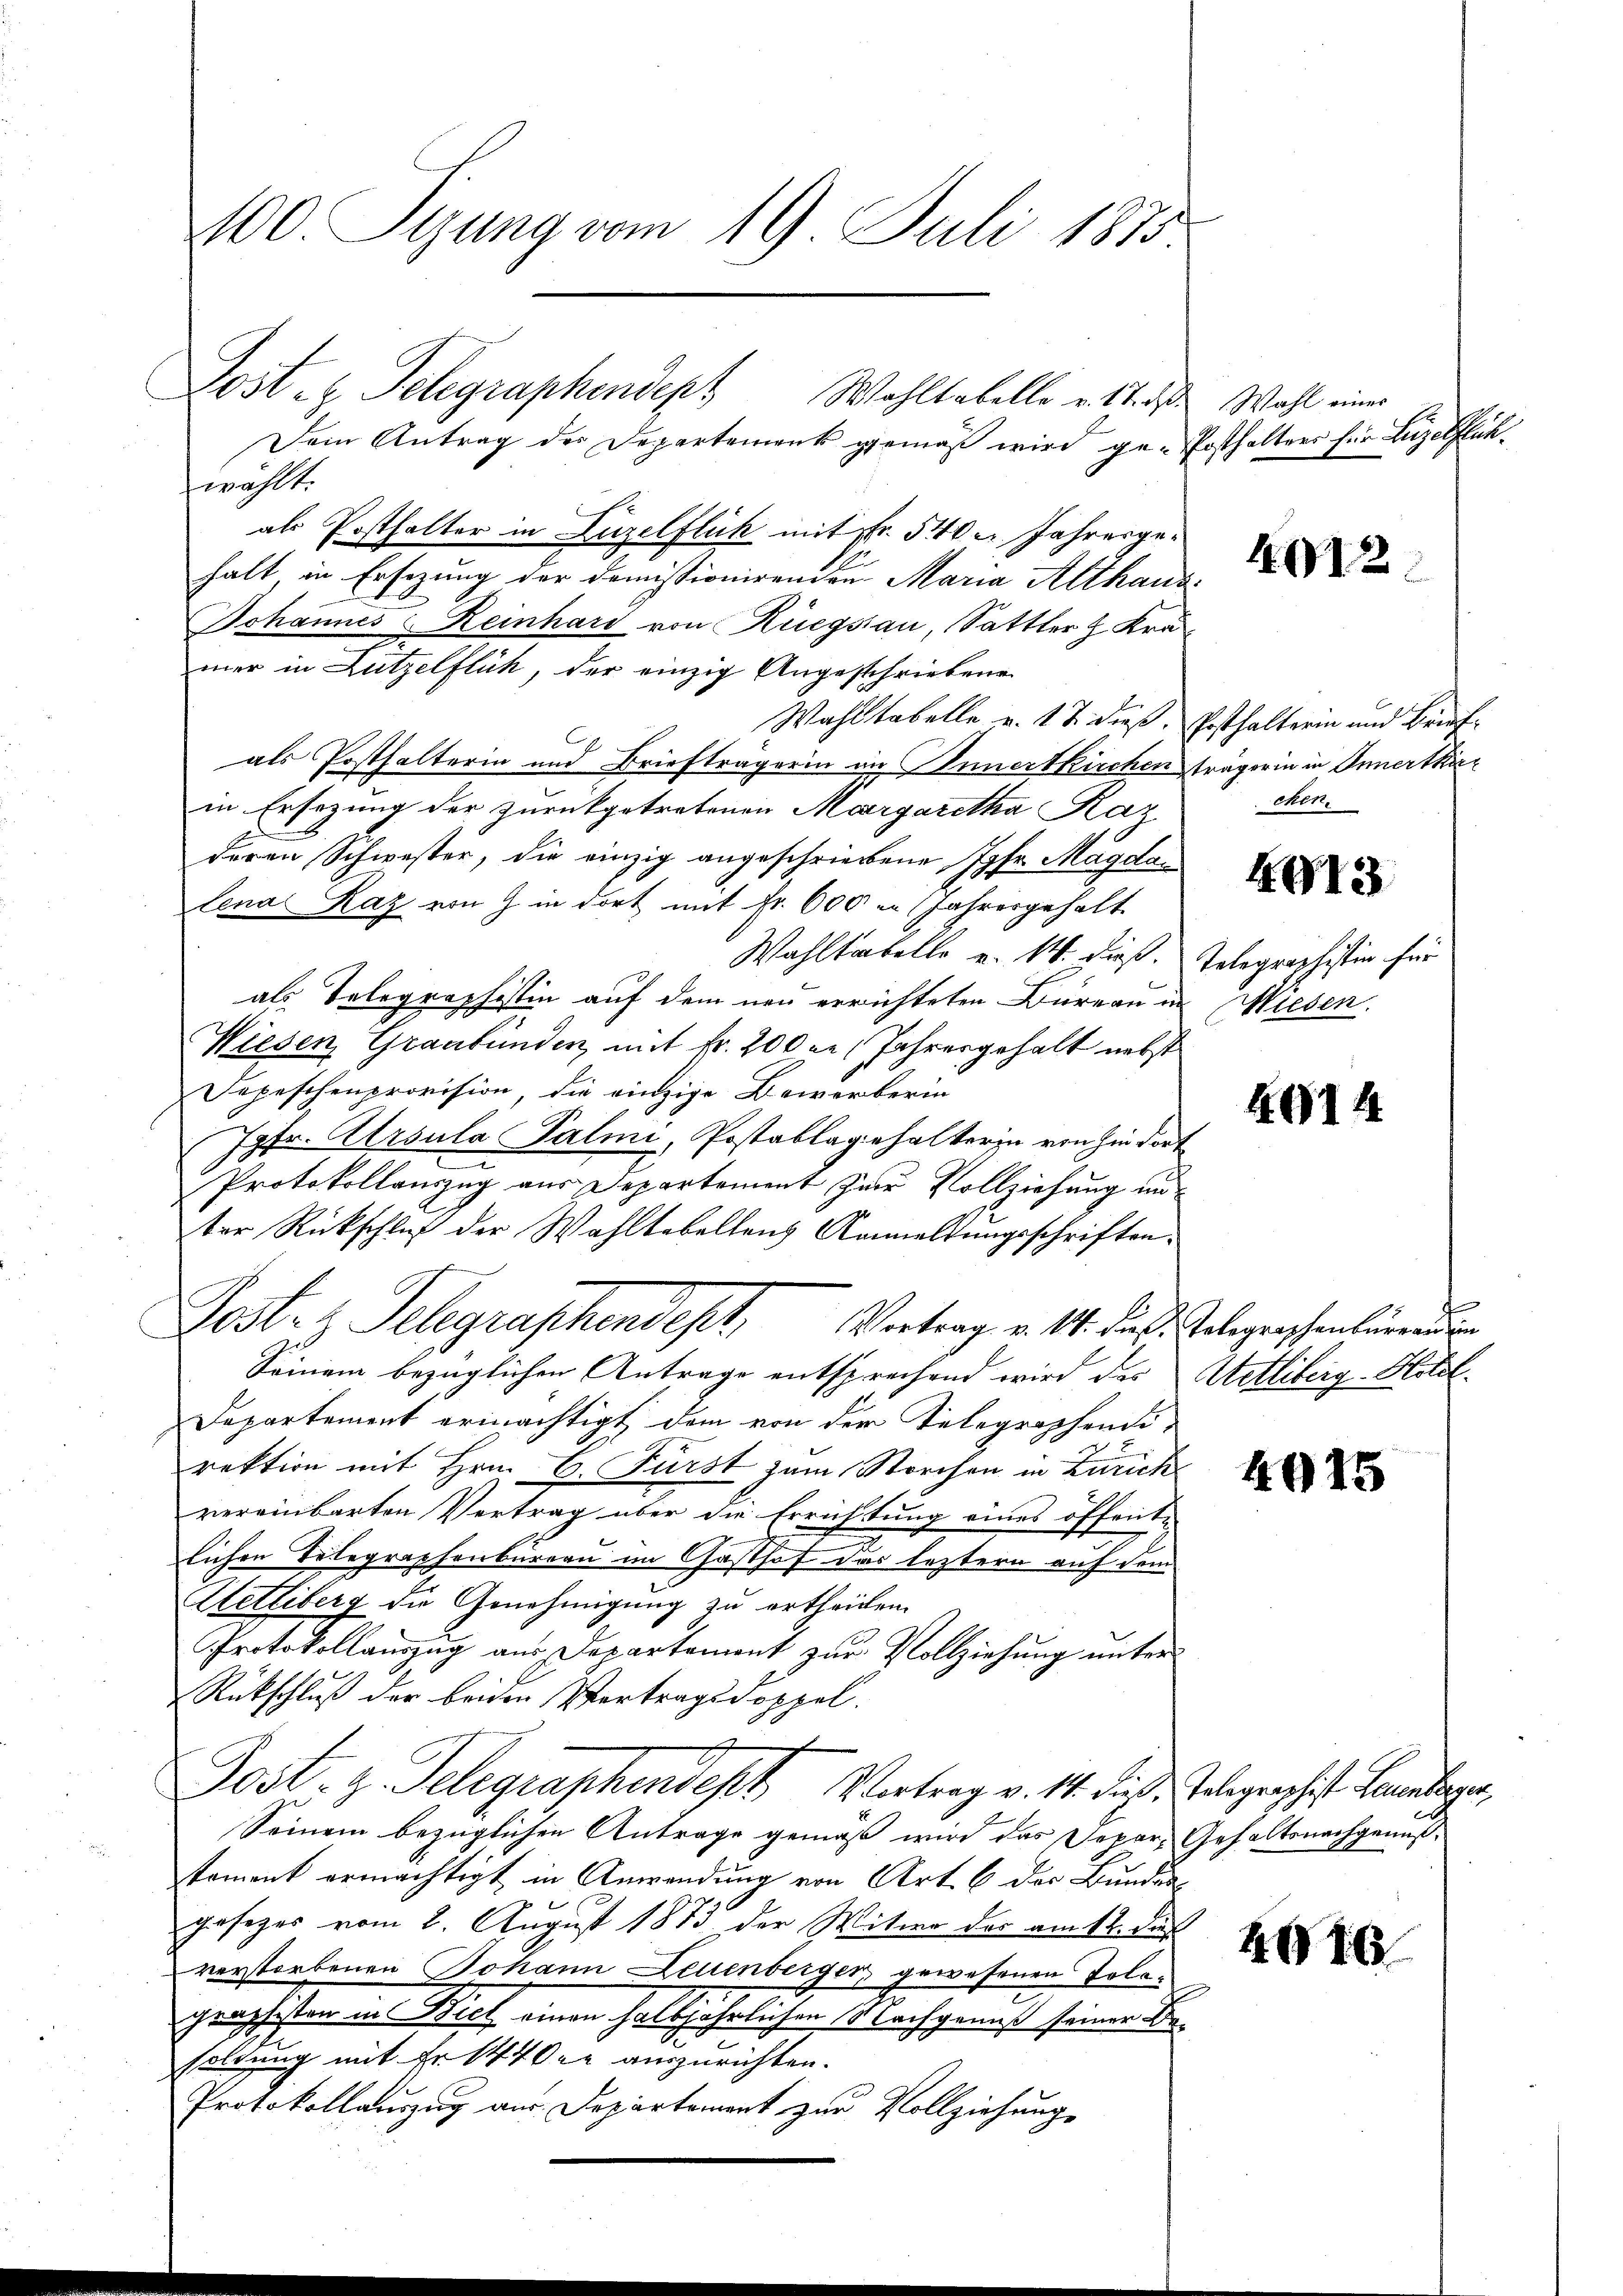
100. Pyung vom 19. Juli 1875

Dein Antrag der Departement gemäß wird ge-Posthalters für Luzelflückwählt.
als Posthalter in Luzelflück mit Fr. 540 u. Jahresgehalt, in Ersezung der Domissionirenden Maria Althaus¬
Johannes Reinhard von Huegsau, Sattler  Kra
mer in Lutzelflüh, der einzig Angeschriebene
Wahl tabelle u. 17. dieß. Ersthaltern und Brief
als Posthalterin und Briefträgerin an Innertkirchen trägerin in Innertkirin Ersezung der zurückgetretenen Margaretha Kaz,
deren Schwester, die einzig angeschriebene Jgfr. Magdalena Raz von Z. in dort mit Fr. 600 in Jahresgehalt
Wahltabelle u. 14. dieß. Telegraphistin für
als Telegraphistin auf dem neu errichteten Büreau in
Wiesen, Graubünden, mit Fr. 200 le Jahresgehalt nebst
Depeschenprovision, die einzige Bewerberin
Jgfr. Atrsula Palmi, Postablagehalterin von hin dort
Protokollauszug aus Departement zur Vollziehung anter Rückschluß der Wahltabellens Anmeldungsschriften.
Fester Telegraphendept, Vertrag v. M. dieß Gelegenschenbürgenden
Seinem bezüglichen Antrage entsprechend wird des
Departement ermächtigt dem von der Telegraphendirektion mit Hrn. C. Fürst zum Storchen in Zürich
vereinbarten Vertrag über die Errichtung eines öffenten
d
lichen Telegraphenbureau im Gasthof das leztern auf dem
Hetliberg die Genehmigung zu ertheilen.
Protokollauszug aus Departement zur Vollziehung unter
Rückschluß der beiden Vertragsdoppel.
s
Post- z. Telegraphensept Vortrag v. 14. dieß, Telegraphist Lamberger,
Seinem bezüglichen Antrage gemäß wird das Depar-Gehaltsnachgenußtament ermächtigt in Anwendung von Art. 6 der Bunden
gesezes vom 2. August 1873 der Witwe des am 14. dur
verstorbenen Johann Leuenberger gewesenen Tolagraphiston in Biel einen halbjährlichen Nachgenuß seiner Besoldung mit Fr. 14400 auszurichten.
Protokollauszug aus Departement zur Vollziehung

Post z. Telegraphendept Wohltabelle v. 1. d

Wahl eines

.12

cken.

KG13

Wiesen.

4914

Wetliberg-Hotel.

4915

416